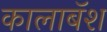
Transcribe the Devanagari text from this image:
कालाबॅश